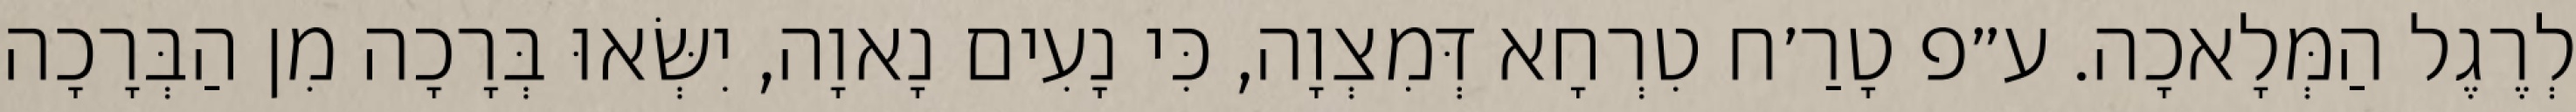
לְרֶגֶל הַמְּלָאכָה. ע״פ טָרַ׳ח טִרְחָא דְּמִצְוָה, כִּי נָעִים נָאוָה, יִשְּׂאוּ בְּרָכָה מִן הַבְּרָכָה